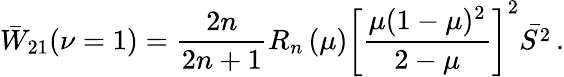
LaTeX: \bar{W}_{21}(\nu=1)=\frac{2n}{2n+1}R_{n}\left(\mu\right)\left[\frac{\mu(1-\mu)^{2}}{2-\mu}\right]^{2}\bar{S^{2}}\, .